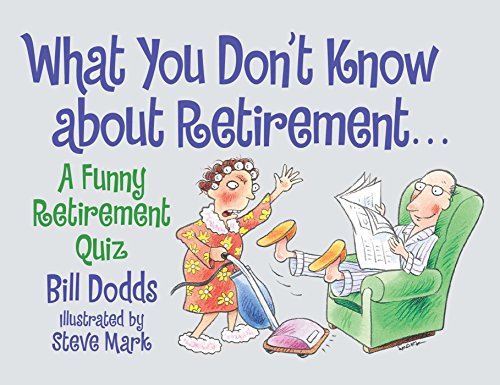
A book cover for What You Don't Know About Retirement; Bill Dodds; Humor & Entertainment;